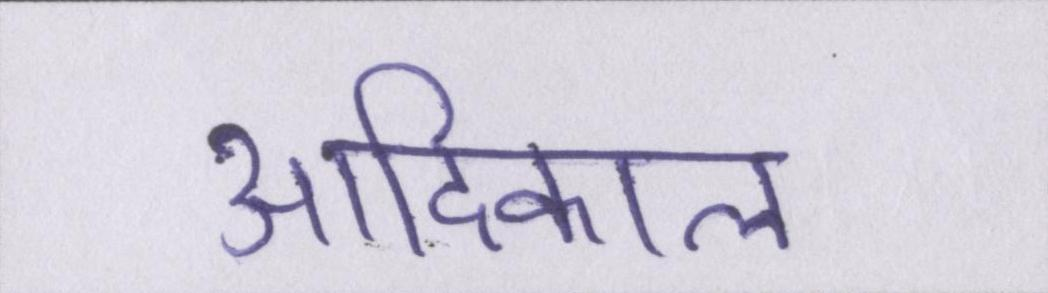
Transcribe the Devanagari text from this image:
आदिकाल